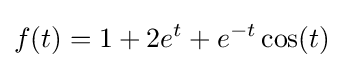
f(t)=1+2e^{t}+e^{-t}\cos(t)